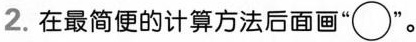
2.在最简便的计算方法后面画”\bigcirc“。